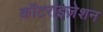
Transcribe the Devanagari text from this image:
कॉटराइज़ेशन